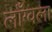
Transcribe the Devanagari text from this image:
लाँग्वला